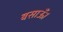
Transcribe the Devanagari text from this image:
बसाऊँ।